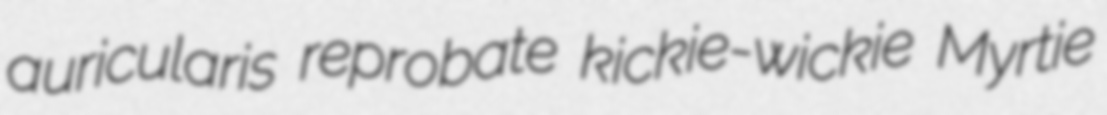
auricularis reprobate kickie-wickie Myrtie